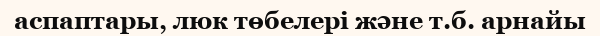
аспаптары, люк төбелері және т.б. арнайы